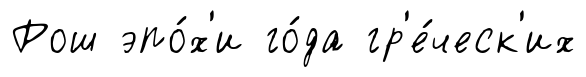
Рош эпо́х'и го́да гр'е́ческ'их